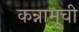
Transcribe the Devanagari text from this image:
कन्नामूची